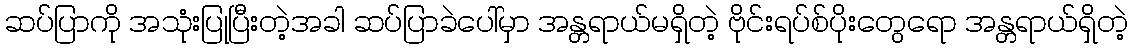
ဆပ်ပြာကို အသုံးပြုပြီးတဲ့အခါ ဆပ်ပြာခဲပေါ်မှာ အန္တရာယ်မရှိတဲ့ ဗိုင်းရပ်စ်ပိုးတွေရော အန္တရာယ်ရှိတဲ့